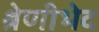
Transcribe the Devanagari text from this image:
श्रेणीभेद